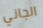
الجاني